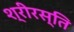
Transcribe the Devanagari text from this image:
श्रीरस्ति